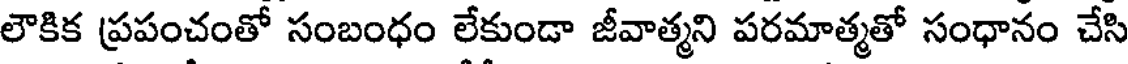
లౌకిక ప్రపంచంతో సంబంధం లేకుండా జీవాత్మని పరమాత్మతో సంధానం చేసి